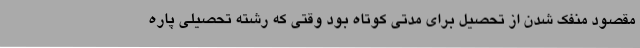
مقصود منفک شدن از تحصیل برای مدتی کوتاه بود وقتی که رشته تحصیلی پاره